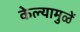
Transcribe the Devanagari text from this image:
केल्यामुळें